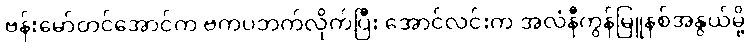
ဗန်းမော်တင်အောင်က ဗကပဘက်လိုက်ပြီး အောင်လင်းက အလံနီကွန်မြူနစ်အနွယ်မို့